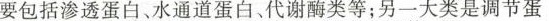
要包括渗透蛋白、水通道蛋白、代谢酶类等；另一大类是调节蛋